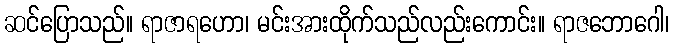
ဆင်ပြောသည်။ ရာဇာရဟော၊ မင်းအားထိုက်သည်လည်းကောင်း။ ရာဇဘောဂေါ၊